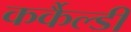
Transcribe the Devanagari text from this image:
कर्कैल्डी